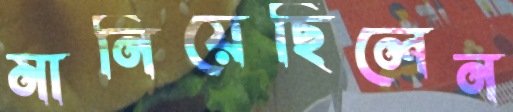
মানিয়েছিলেন